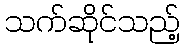
သက်ဆိုင်သည့်